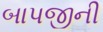
બાપજીની